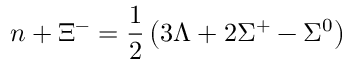
n + \Xi ^ { - } = \frac { 1 } { 2 } \left( 3 \Lambda + 2 \Sigma ^ { + } - \Sigma ^ { 0 } \right)